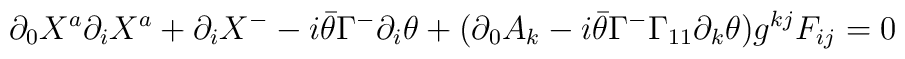
\partial _{0}X^{a}\partial _{i}X^{a}+\partial _{i}X^{-}-i\bar{\theta}\Gamma^{-}\partial _{i}\theta +(\partial _{0}A_{k}-i\bar{\theta}\Gamma^{-}\Gamma_{11}\partial _{k}\theta )g^{kj}F_{ij}=0